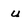
Character: u